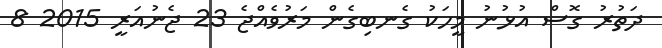
ދަތުރު ގޮސް އުޅުނު މީހަކު ގެނބިގެން މަރުވެއްޖެ 23 ޖެނުއަރީ 2015 8